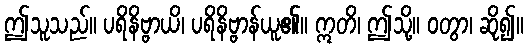
ဤသူသည်။ ပရိနိဗ္ဗာယိ၊ ပရိနိဗ္ဗာန်ယူ၏။ ဣတိ၊ ဤသို့။ ဝတွာ၊ ဆို၍။